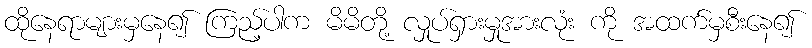
ထိုနေရာများမှနေ၍ ကြည့်ပါက မိမိတို့ လှုပ်ရှားမှုအားလုံး ကို အထက်မှစီးနေ၍